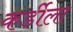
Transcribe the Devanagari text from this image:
कर्डीला